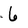
Character: 6